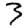
Digit: 3